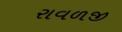
રાવળજી